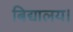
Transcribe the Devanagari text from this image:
बिद्यालय।